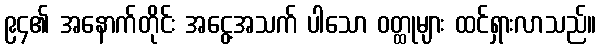
၉၄၏ အနောက်တိုင်း အငွေ့အသက် ပါသော ဝတ္ထုများ ထင်ရှားလာသည်။